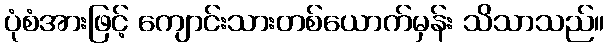
ပုံစံအားဖြင့် ကျောင်းသားတစ်ယောက်မှန်း သိသာသည်။